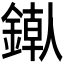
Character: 𬫶